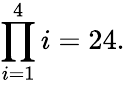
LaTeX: \prod_{i=1}^{4}i=24.